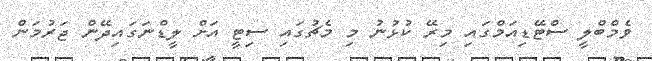
ވެމްބްލީ ސްޓޭޑިއަމްގައި މިރޭ ކުޅުނު މި މެޗުގައި ސިޓީ އަށް ލީޑްނަގައިދޭން ޖަރުމަން